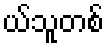
ယ်သူတစ်